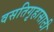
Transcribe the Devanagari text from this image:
वसतिगृहासाठी